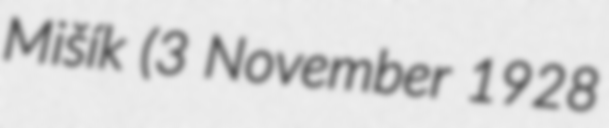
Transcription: Mišík (3 November 1928